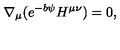
\nabla _ { \mu } ( e ^ { - b \psi } H ^ { \mu \nu } ) = 0 ,